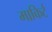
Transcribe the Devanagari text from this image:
माकिर्ट